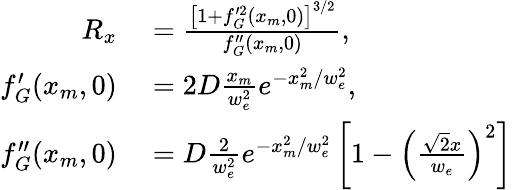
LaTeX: \begin{array}{rl}{R_{x}}&{{}=\frac{\left[1+f_{G}^{\prime 2}(x_{m},0)\right]^{3/2}}{f_{G}^{\prime\prime}(x_{m},0)},}\\ {f_{G}^{\prime}(x_{m},0)}&{{}=2D\frac{x_{m}}{w_{e}^{2}}e^{-x_{m}^{2}/w_{e}^{2}},}\\ {f_{G}^{\prime\prime}(x_{m},0)}&{{}=D\frac{2}{w_{e}^{2}}e^{-x_{m}^{2}/w_{e}^{2}}\left[1-\left(\frac{\sqrt{2}x}{w_{e}}\right)^{2}\right]}\end{array}